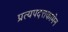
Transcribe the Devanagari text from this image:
प्रत्यपदत्तकामेन